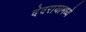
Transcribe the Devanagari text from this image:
देवरायामध्ये